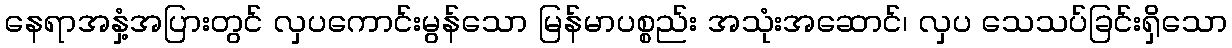
နေရာအနှံ့အပြားတွင် လှပကောင်းမွန်သော မြန်မာပစ္စည်း အသုံးအဆောင်၊ လှပ သေသပ်ခြင်းရှိသော